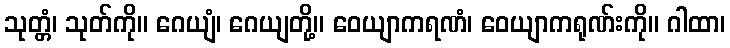
သုတ္တံ၊ သုတ်ကို။ ဂေယျံ၊ ဂေယျတို့။ ဝေယျာကရဏံ၊ ဝေယျာကရုဏ်းကို။ ဂါထာ၊